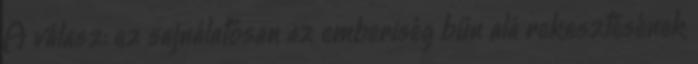
A válasz: ez sajnálatosan az emberiség bűn alá rekesztésének